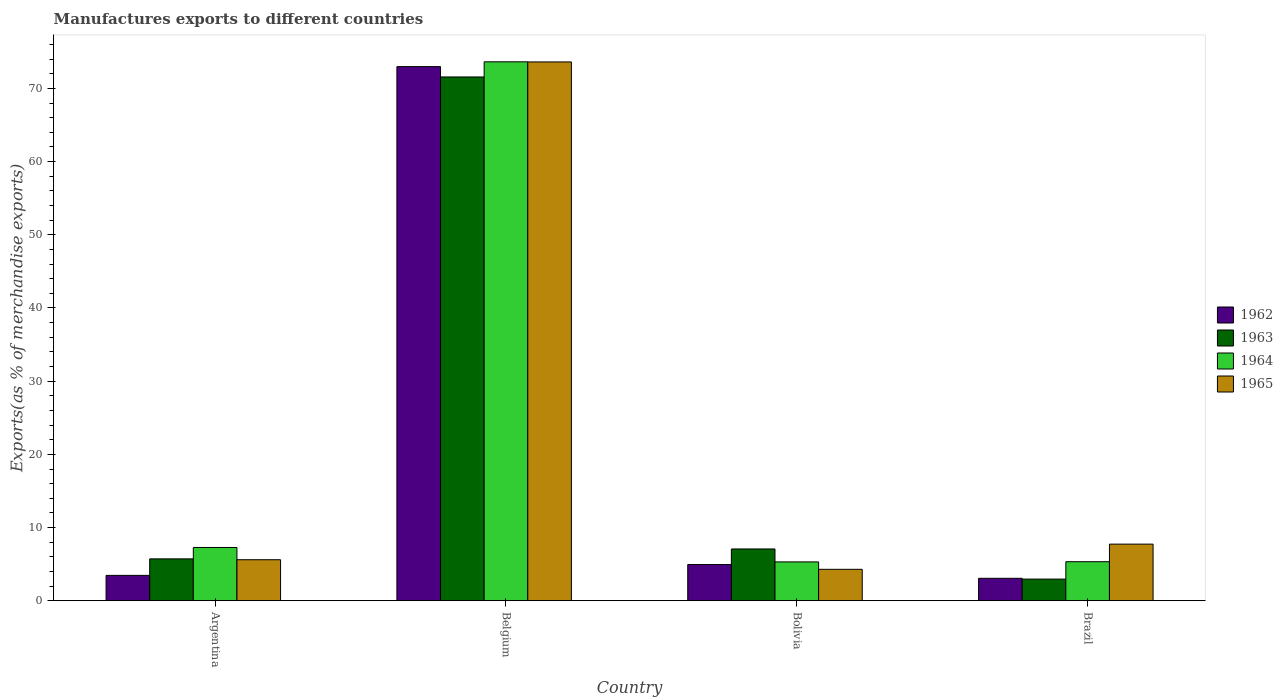
| Country | 1962 | 1963 | 1964 | 1965 |
 | --- | --- | --- | --- | --- |
 | Argentina | 3.47 | 5.73 | 7.28 | 5.61 |
 | Belgium | 73 | 71.6 | 73.6 | 73.6 |
 | Bolivia | 4.95 | 7.08 | 5.31 | 4.3 |
 | Brazil | 3.07 | 2.96 | 5.34 | 7.74 |